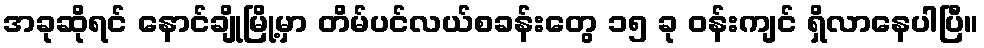
အခုဆိုရင် နောင်ချိုမြို့မှာ တိမ်ပင်လယ်စခန်းတွေ ၁၅ ခု ဝန်းကျင် ရှိလာနေပါပြီ။